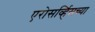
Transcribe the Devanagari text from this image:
एरोसर्व्हिसच्या